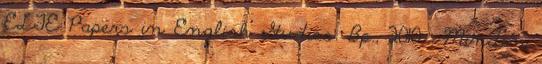
ELTE Papers in English Studies. Bp., 2010 . Minden